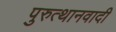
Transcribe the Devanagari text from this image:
पुरुत्थानवादी